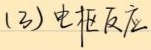
(3) 电极反应